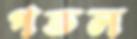
পতল